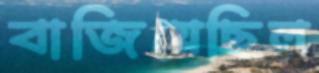
বাজিয়েছিল